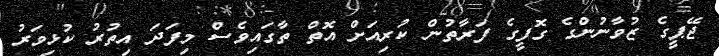
ޖޭޕީގެ ޒުވާނުންގެ ގޮފީގެ ފަރާތުން ކުރިއަށް އޮތް ތާގައިވެސް މިފަދަ އިތުރު ކުޅިވަރު